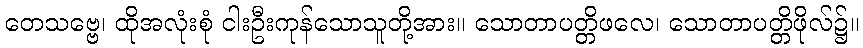
တေသဗ္ဗေ၊ ထိုအလုံးစုံ ငါးဦးကုန်သောသူတို့အား။ သောတာပတ္တိဖလေ၊ သောတာပတ္တိဖိုလ်၌။